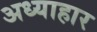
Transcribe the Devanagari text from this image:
अध्याहार